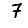
Digit: 7